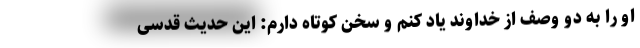
او را به دو وصف از خداوند یاد کنم و سخن کوتاه دارم: این حدیث قدسی